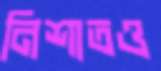
নিশাতও